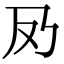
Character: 夃